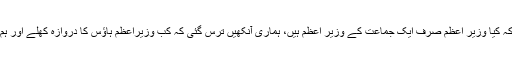
خورشید شاہ کا کہنا تھا کہ کیا وزیر اعظم صرف ایک جماعت کے وزیر اعظم ہیں، ہماری آنکھیں ترس گئی کہ کب وزیراعظم ہاؤس کا دروازہ کھلے اور ہم ان کو ایوان میں دیکھیں۔